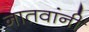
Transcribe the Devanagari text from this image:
नातवांनी